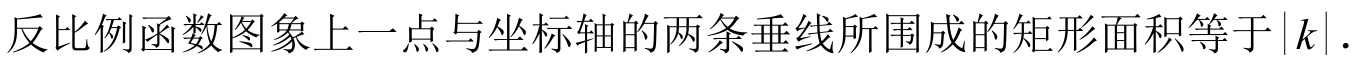
反比例函数图象上一点与坐标轴的两条垂线所围成的矩形面积等于\(\vert k\vert\).